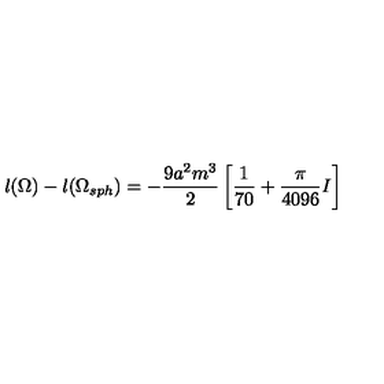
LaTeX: l ( \Omega ) - l ( \Omega _ { s p h } ) = - \frac { 9 a ^ { 2 } m ^ { 3 } } { 2 } \left[ \frac { 1 } { 7 0 } + \frac { \pi } { 4 0 9 6 } I \right]